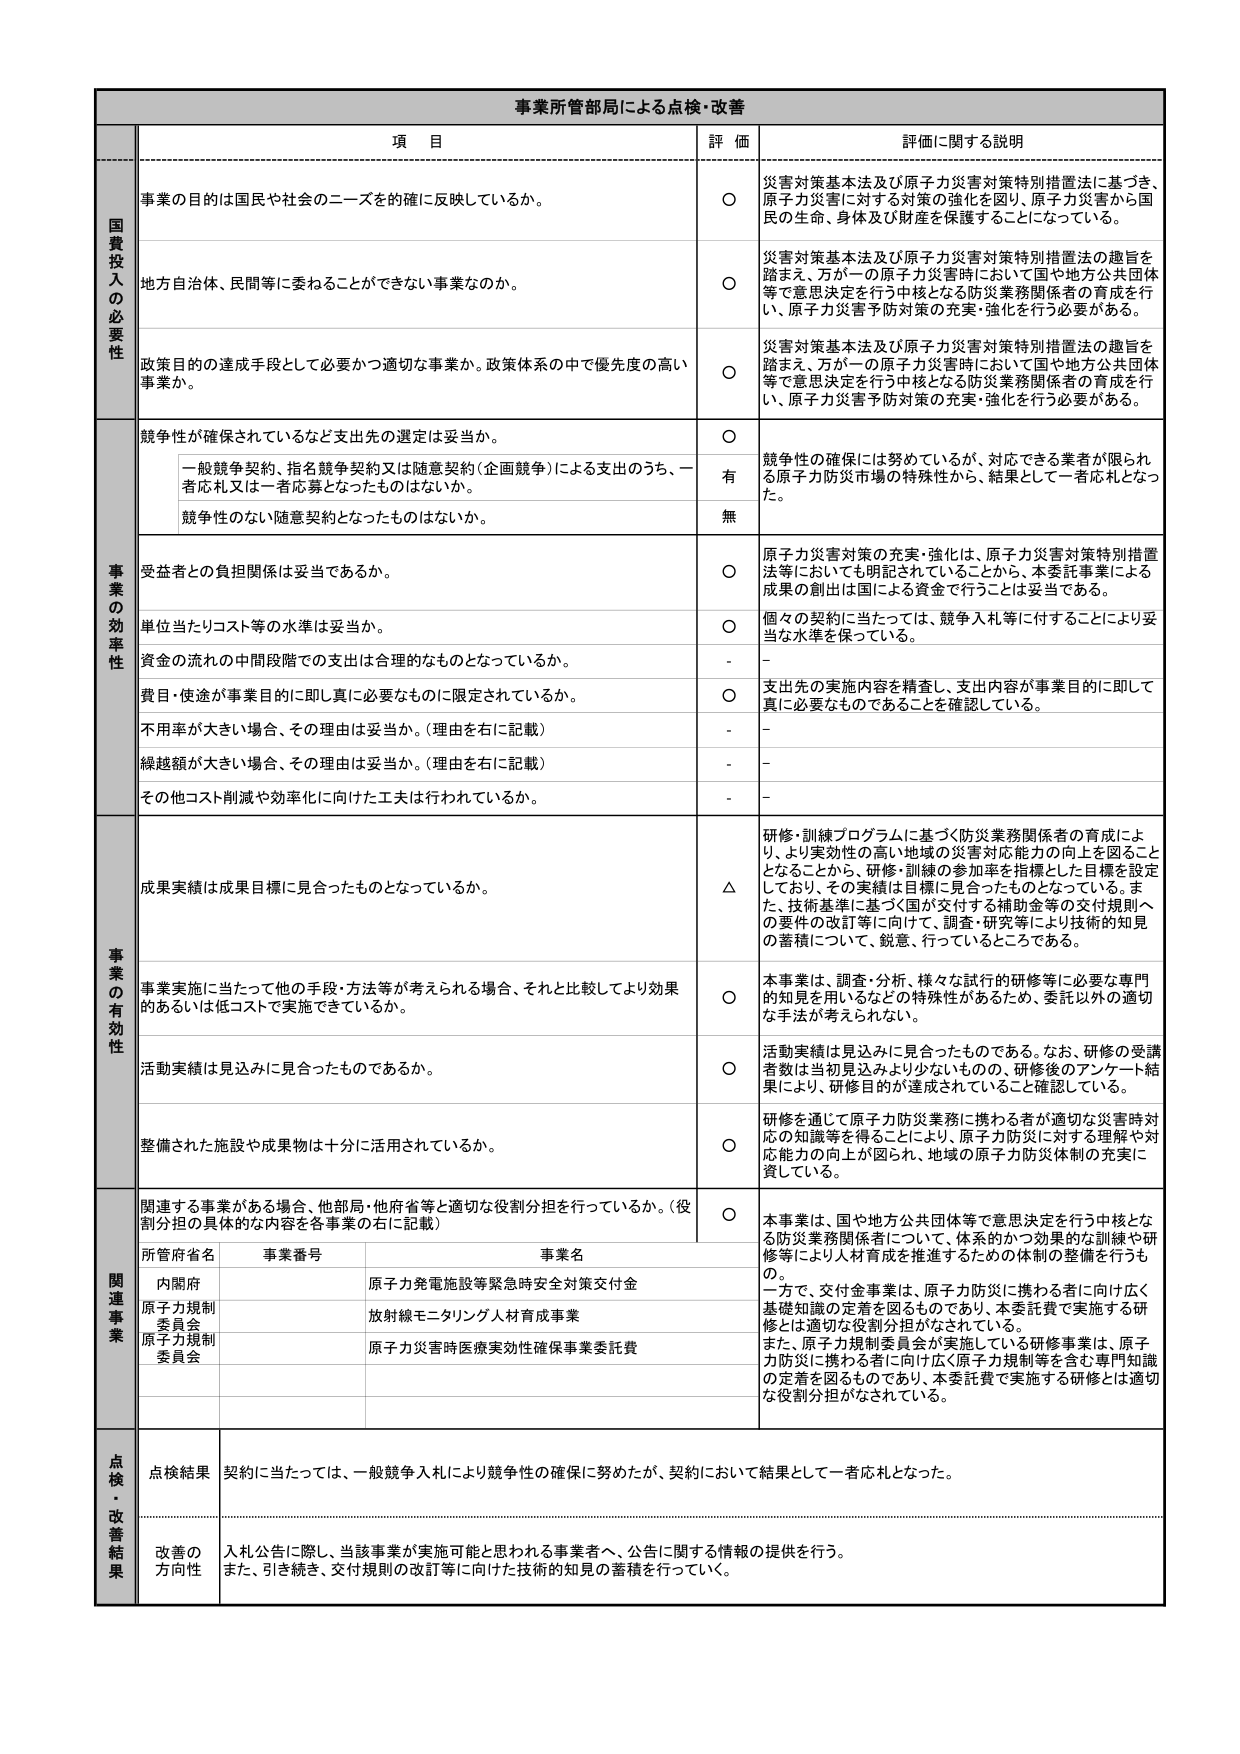
事業所管部局による点検・改善

項 目 評 価 評価に関する説明

国費投入の必要性
事業の目的は国民や社会のニーズを確に反映しているか。
○ 災害対策基本法及び原子力災害対策特別措置法に基づき、原子力災害に対する対策の強化を図り、原子力災害から国民の生命、身体及び財産を保護することになっている。

地方自治体、民間等に委ねることができない事業なのか。
○ 災害対策基本法及び原子力災害対策特別措置法の趣旨を踏まえ、万が一の原子力災害時において国や地方公共団体等で意思決定を行う中核となる防災業務関係者の育成を行い、原子力災害予防対策の充実・強化を行う必要がある。

政策目的の達成手段として必要かつ適切な事業か。政策体系の中で優先度の高い事業か。
○ 災害対策基本法及び原子力災害対策特別措置法の趣旨を踏まえ、万が一の原子力災害時において国や地方公共団体等で意思決定を行う中核となる防災業務関係者の育成を行い、原子力災害予防対策の充実・強化を行う必要がある。

事業の効率性
競争性が確保されているなど支出先の選定は妥当か。
○ 競争性の確保には努めているが、対応できる業者が限られ、原子力防災市場の特殊性から、結果として一者応札となった。
一般競争契約、指名競争契約又は随意契約（企画競争）による支出のうち、一者応札又は一者応募となったものはないか。
有
競争性のない随意契約となったものはないか。
無

受益者との負担関係は妥当であるか。
○ 原子力災害対策の充実・強化は、原子力災害対策特別措置法等においても明記されていることから、本委託事業による成果の創出は国による資金で行うことは妥当である。

単位当たりコスト等の水準は妥当か。
○ 個々の契約に当たっては、競争入札等に付することにより妥当な水準を保っている。

資金の流れの中間段階での支出は合理的なものとなっているか。
- -

費目・使途が事業目的に即し真に必要なものに限定されているか。
○ 支出先の実施内容を精査し、支出内容が事業目的に即して真に必要なものであることを確認している。

不用率が大きい場合、その理由は妥当か。（理由を右に記載）
- -

繰越額が大きい場合、その理由は妥当か。（理由を右に記載）
- -

その他コスト削減や効率化に向けた工夫は行われているか。
- -

事業の有効性
成果実績は成果目標に見合ったものとなっているか。
△ 研修・訓練プログラムに基づく防災業務関係者の育成により、より実効性の高い地域の災害対応能力の向上を図ることとなることから、研修・訓練の参加率を指標とした目標を設定しており、その実績は目標に見合ったものとなっている。また、技術基準に基づく国が交付する補助金等の交付規則への要件の改訂等に向けて、調査・研究等により技術的知見の蓄積について、鋭意、行っているところである。

事業実施に当たって他の手段・方法等が考えられる場合、それと比較してより効果的あるいは低コストで実施できているか。
○ 本事業は、調査・分析、様々な試行的研修等に必要な専門的知見を用いるなどとの特殊性があるため、委託以外の適切な手法が考えられない。

活動実績は見込みに見合ったものであるか。
○ 活動実績は見込みに見合ったものである。なお、研修の受講者数は当初見込みより少ないものの、研修後のアンケート結果により、研修目的が達成されていること確認している。

整備された施設や成果物は十分に活用されているか。
○ 研修を通じて原子力防災業務に携わる者が適切な災害時対応の知識等を得ることにより、原子力防災に対する理解や対応能力の向上が図られ、地域の原子力防災体制の充実に資している。

関連事業
関連する事業がある場合、他部局・他府省等と適切な役割分担を行っているか。（役割分担の具体的な内容を各事業の右に記載）
○ 本事業は、国や地方公共団体等で意思決定を行う中核となる防災業務関係者について、体系的かつ効果的な訓練や研修等により人材育成を推進するための体制の整備を行うもの。一方で、交付金事業は、原子力防災に携わる者に向け広く基礎知識の定着を図るものであり、本委託費で実施する研修とは適切な役割分担がなされている。また、原子力規制委員会が実施している研修事業は、原子力防災に携わる者に向け広く原子力規制等を含む専門知識の定着を図るものであり、本委託費で実施する研修とは適切な役割分担がなされている。

所管府省名 事業番号 事業名
内閣府 原子力発電施設等緊急時安全対策交付金
原子力規制委員会 放射線モニタリング人材育成事業
原子力規制委員会 原子力災害時医療実効性確保事業委託費

点検・改善結果
点検結果 契約に当たっては、一般競争入札により競争性の確保に努めたが、契約において結果として一者応札となった。

改善の方向性 入札公告に際し、当該事業が実施可能と思われる事業者へ、公告に関する情報の提供を行う。また、引き続き、交付規則の改訂等に向けた技術的知見の蓄積を行っていく。